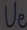
Text: Ue